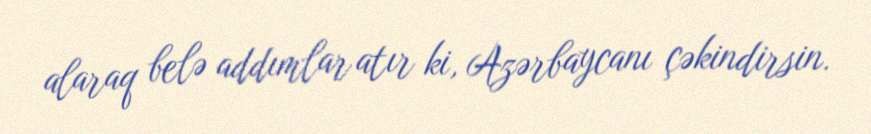
alaraq belə addımlar atır ki, Azərbaycanı çəkindirsin.